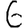
Digit: 6